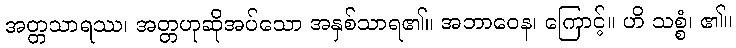
အတ္တသာရဿ၊ အတ္တဟုဆိုအပ်သော အနှစ်သာရ၏။ အဘာဝေန၊ ကြောင့်။ ဟိ သစ္စံ၊ ၏။